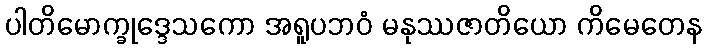
ပါတိမောက္ခုဒ္ဒေသကော အရူပဘဝံ မနုဿဇာတိယော ကိမေတေန